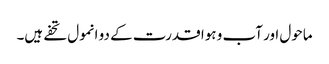
ماحول اور آب و ہوا قدرت کے دو انمول تحفے ہیں۔